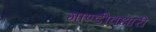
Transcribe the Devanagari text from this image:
गाण्डीवधारी